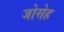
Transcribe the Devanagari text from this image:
जोसेह